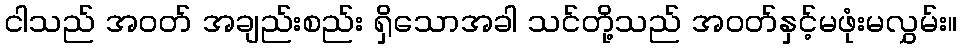
ငါသည် အဝတ် အချည်းစည်း ရှိသောအခါ သင်တို့သည် အဝတ်နှင့်မဖုံးမလွှမ်း။